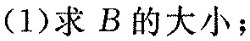
(1)求B的大小；